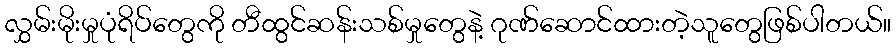
လွှမ်းမိုးမှုပုံရိပ်တွေကို တီထွင်ဆန်းသစ်မှုတွေနဲ့ ဂုဏ်ဆောင်ထားတဲ့သူတွေဖြစ်ပါတယ်။